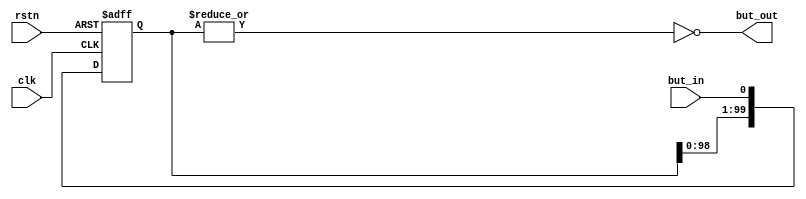
// Button debounce
// George Smart, M1GEO
// https://www.george-smart.co.uk/Numitron-Clock
// 19/10/2019 - 25/11/2019

module button_debounce(
    input  clk,
	input  rstn,
	input  but_in,
	output but_out
);

	reg [99:0] pipe;

	always @ (posedge clk  or negedge rstn) begin
		if (~rstn) begin
			pipe <= 'b0;
		end else begin
			pipe <= {pipe[98:0], but_in};
		end
	end
	
	assign but_out = !(|pipe); // or all bits together. success is all bits low. this causes output high

endmodule